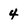
Character: 4